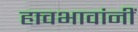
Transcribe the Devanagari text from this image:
हावभावांनीं